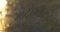
મોટોમીટર